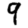
Digit: 9